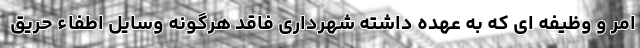
امر و وظیفه ای که به عهده داشته شهرداری فاقد هرگونه وسایل اطفاء حریق